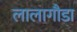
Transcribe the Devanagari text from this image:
लालागौडा